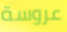
عروسة